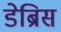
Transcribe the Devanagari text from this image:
डेब्रिस